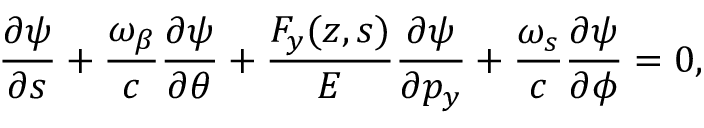
\frac { \partial \psi } { \partial s } + \frac { \omega _ { \beta } } { c } \frac { \partial \psi } { \partial \theta } + \frac { F _ { y } ( z , s ) } { E } \frac { \partial \psi } { \partial p _ { y } } + \frac { \omega _ { s } } { c } \frac { \partial \psi } { \partial \phi } = 0 ,